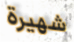
شهيرة